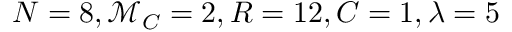
N = 8 , \mathcal { M } _ { C } = 2 , R = 1 2 , C = 1 , \lambda = 5